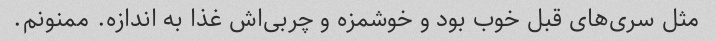
مثل سری‌های قبل خوب بود و خوشمزه و چربی‌اش غذا به اندازه. ممنونم.